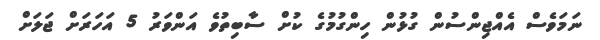
ނަމަވެސް އެއްޖިންސުން ގުޅުން ހިންގުމުގެ ކުށް ސާބިތުވެ އަންވަރު 5 އަހަރަށް ޖަލަށް